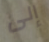
إلى